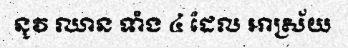
នូវ ឈាន ទាំង ៤ ដែល អាស្រ័យ